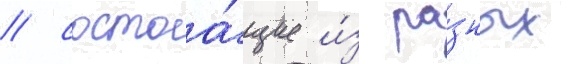
/ состоа́щие и́з ра́зных